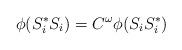
LaTeX: \begin{align*}\phi(S^*_i S_i)=C^\omega\phi(S_iS^*_i)\quad\end{align*}